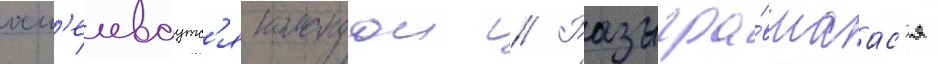
осм'еиваутс'я командои // Разыгра́вшаас'я